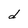
Character: d